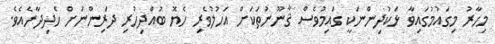
މިހާރު މިގައުމުގައިވާ ޅަކުދިންނަކީ ގައިމުވެސް ޤާނޫނުތަކަށް އަހުލުވެރި ހެޔޮ ބުއްދިހުރި ދަރިންނަށް ހެދިދާނެއެވެ.